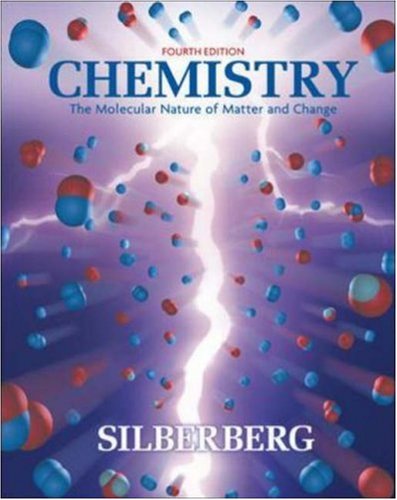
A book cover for Chemistry: The Molecular Nature of Matter and Change; Martin Silberberg; Science & Math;